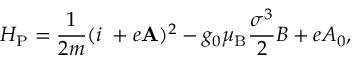
H _ { \mathrm { P } } = \frac { 1 } { 2 m } ( i { \bf \nabla } + e { \bf A } ) ^ { 2 } - g _ { 0 } \mu _ { \mathrm { B } } \frac { \sigma ^ { 3 } } { 2 } B + e A _ { 0 } ,